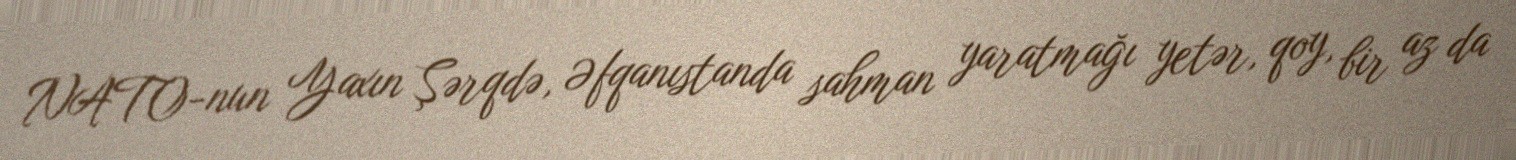
NATO-nun Yaxın Şərqdə, Əfqanıstanda sahman yaratmağı yetər, qoy, bir az da